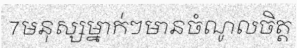
7មនុស្សម្នាក់ៗមានចំណូលចិត្ត